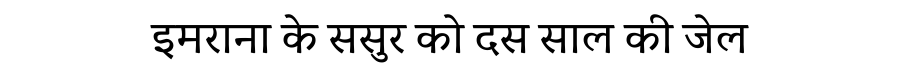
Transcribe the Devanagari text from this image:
इमराना के ससुर को दस साल की जेल